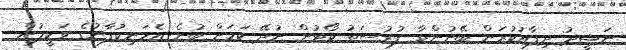
ނަޝީދު ދިފާއުކުރަން ބޭނުންވާ ފުރުސަތު ކޯޓުން ނުދޭ ކަމަށް ބުނެ އެމަނިކުފާނުގެ ވަކީލުން